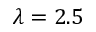
\lambda = 2 . 5